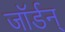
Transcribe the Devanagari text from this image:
जॉर्डन्